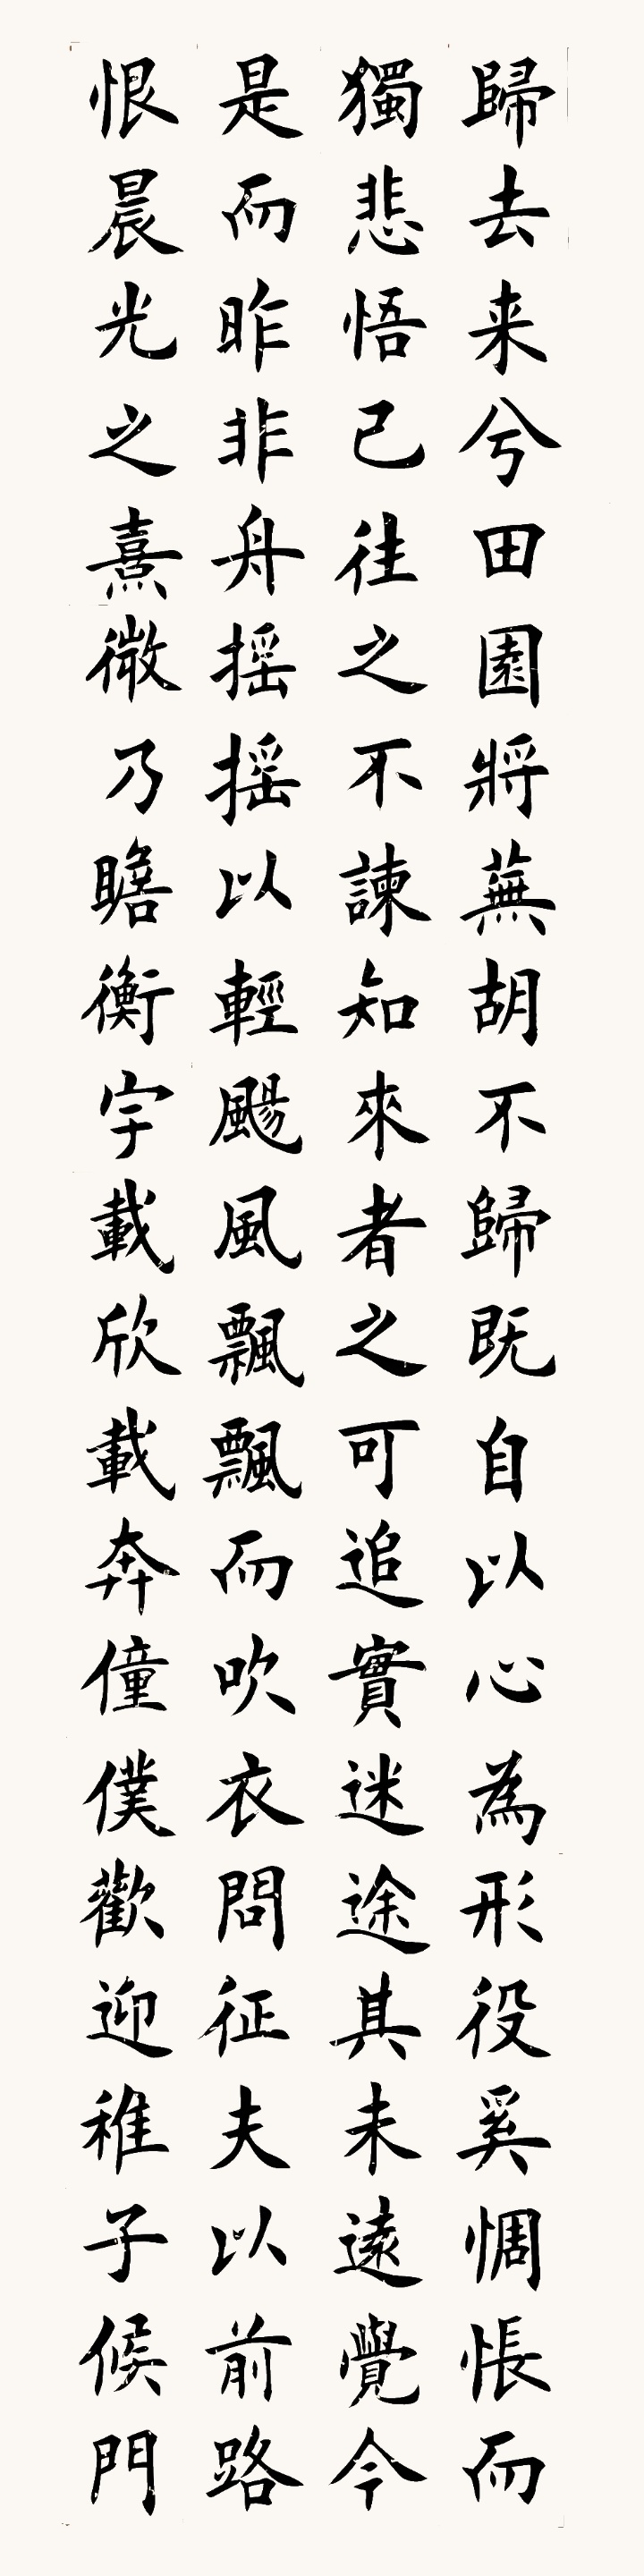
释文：归去来兮，田园将芜胡不归？既自以心为形役，奚惆怅而独悲？悟已往之不谏，知来者之可追。实迷途其未远，觉今是而昨非。舟摇摇以轻飏，风飘飘而吹衣。问征夫以前路，恨晨光之熹微。徐德成2011年作楷书《归去来兮辞》立轴